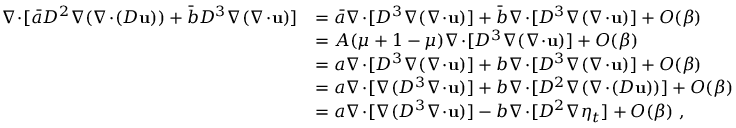
\begin{array} { r l } { \nabla \! \cdot \! [ \bar { a } D ^ { 2 } \nabla ( \nabla \! \cdot \! ( D \mathbf { u } ) ) + \bar { b } D ^ { 3 } \nabla ( \nabla \! \cdot \! \mathbf { u } ) ] } & { = \bar { a } \nabla \! \cdot \! [ D ^ { 3 } \nabla ( \nabla \! \cdot \! \mathbf { u } ) ] + \bar { b } \nabla \! \cdot \! [ D ^ { 3 } \nabla ( \nabla \! \cdot \! \mathbf { u } ) ] + O ( \beta ) } \\ & { = A ( \mu + 1 - \mu ) \nabla \! \cdot \! [ D ^ { 3 } \nabla ( \nabla \! \cdot \! \mathbf { u } ) ] + O ( \beta ) } \\ & { = a \nabla \! \cdot \! [ D ^ { 3 } \nabla ( \nabla \! \cdot \! \mathbf { u } ) ] + b \nabla \! \cdot \! [ D ^ { 3 } \nabla ( \nabla \! \cdot \! \mathbf { u } ) ] + O ( \beta ) } \\ & { = a \nabla \! \cdot \! [ \nabla ( D ^ { 3 } \nabla \! \cdot \! \mathbf { u } ) ] + b \nabla \! \cdot \! [ D ^ { 2 } \nabla ( \nabla \! \cdot \! ( D \mathbf { u } ) ) ] + O ( \beta ) } \\ & { = a \nabla \! \cdot \! [ \nabla ( D ^ { 3 } \nabla \! \cdot \! \mathbf { u } ) ] - b \nabla \! \cdot \! [ D ^ { 2 } \nabla \eta _ { t } ] + O ( \beta ) \ , } \end{array}